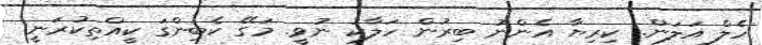
ހެލް އަލަން. ކިރިޔާ އެންނު ބިރުން ހަލާކު ނުވީ. މަގޭ ކެބިންގަ ކީއްތިކުރަނީ.